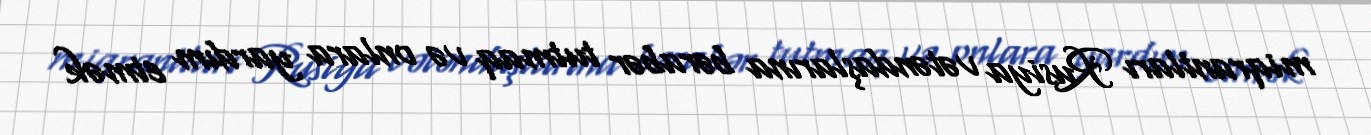
miqrantları Rusiya vətəndaşlarına bərabər tutmaq və onlara yardım etmək